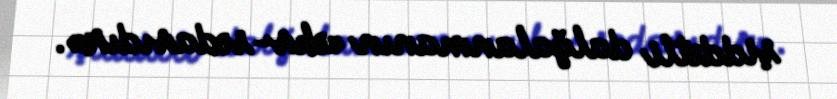
şiddətli dalğalanmanın «əks-sədasıdır».